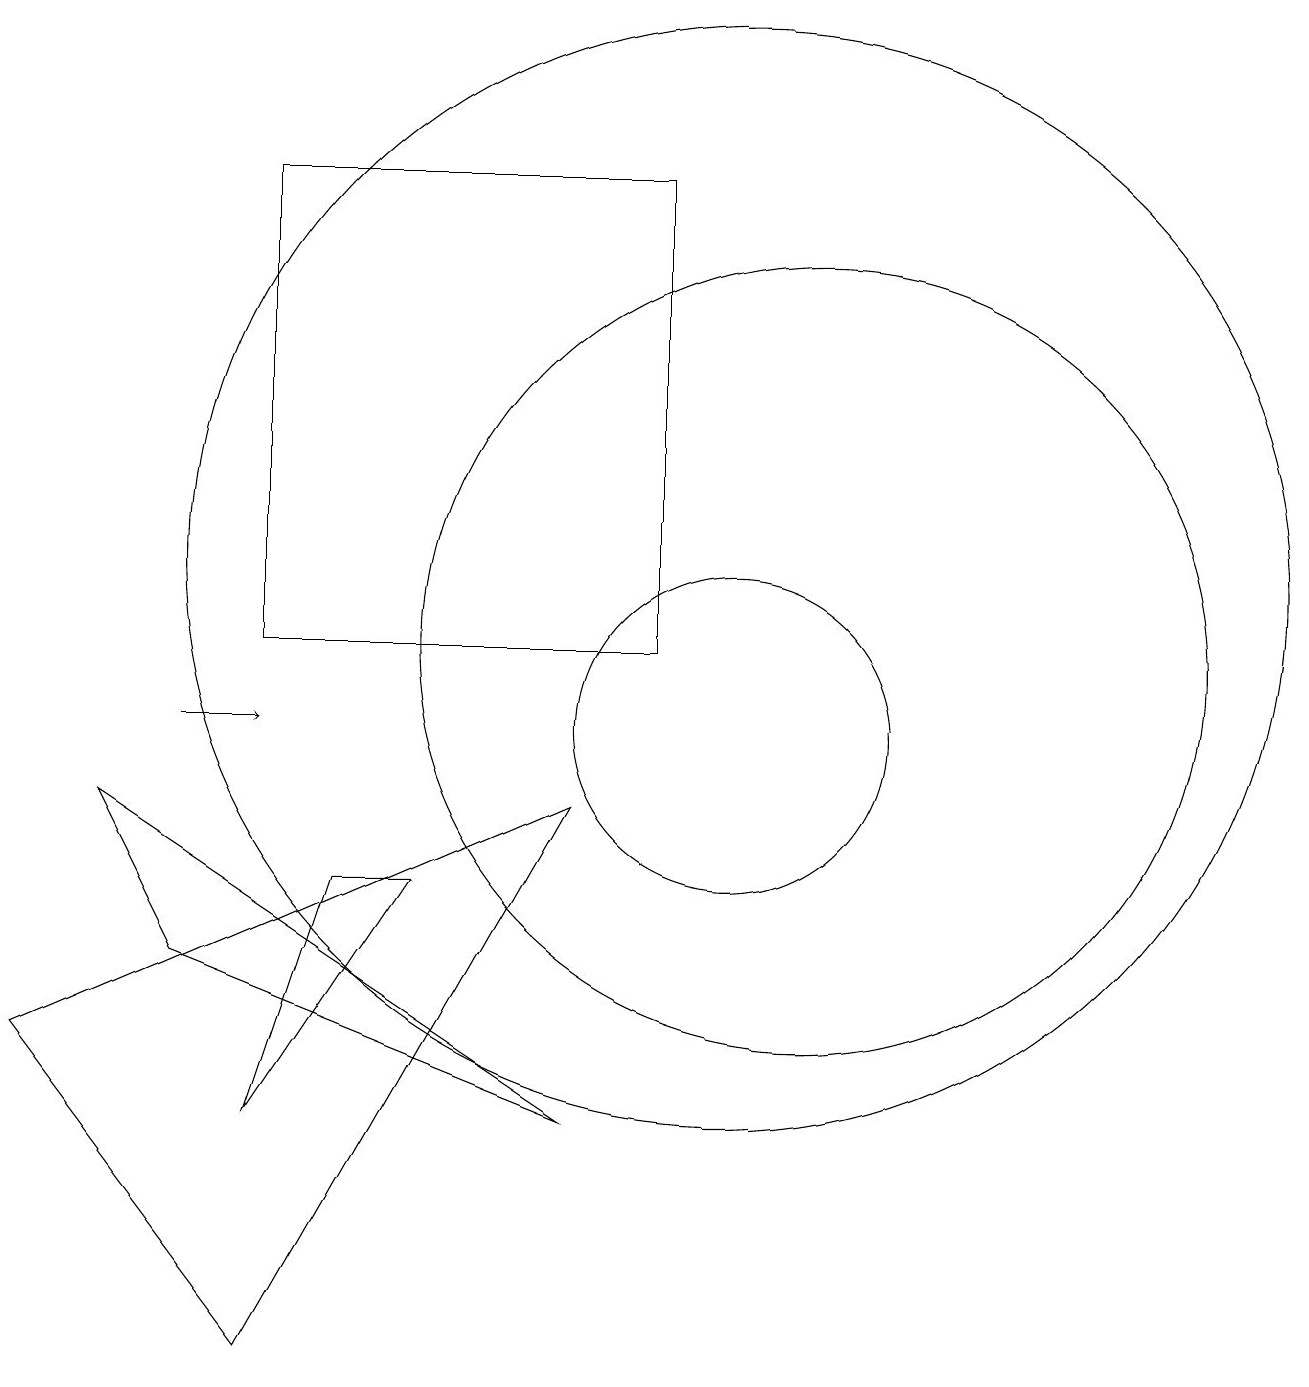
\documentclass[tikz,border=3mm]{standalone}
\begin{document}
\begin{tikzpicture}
\draw (2,9) -- (8,5) -- (3,7) -- cycle;
\draw (10,10) circle (2);
\draw[->] (3,10) -- (4,10);
\draw (4,5) -- (6,8) -- (5,8) -- cycle;
\draw (11,11) circle (5);
\draw (10,12) circle (7);
\draw (9,11) rectangle (4,17);
\draw (4,2) -- (1,6) -- (8,9) -- cycle;
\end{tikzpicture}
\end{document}